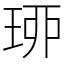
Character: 𤥗